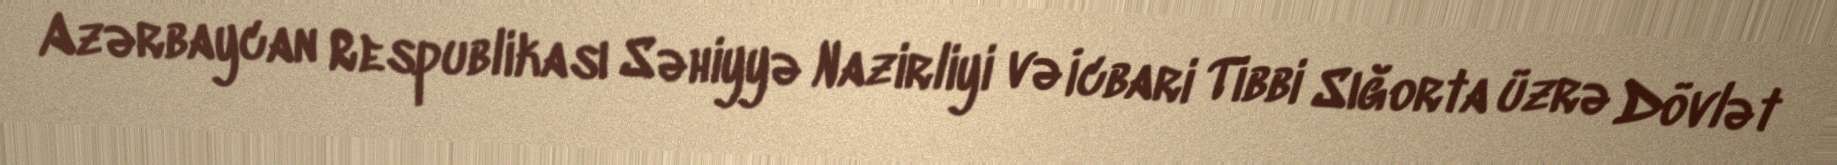
Azərbaycan Respublikası Səhiyyə Nazirliyi və İcbari Tibbi Sığorta üzrə Dövlət